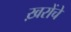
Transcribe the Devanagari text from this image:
ख़रोंचे